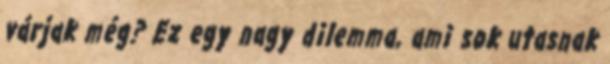
várjak még? Ez egy nagy dilemma, ami sok utasnak